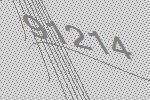
91214